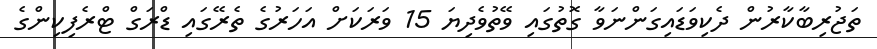
ތަޖުރިބާކާރުން ދެކިވަޑައިގަންނަވާ ގޮތުގައި ވޭތުވެދިޔަ 15 ވަރަކަށް އަހަރުގެ ތެރޭގައި ޑްރަގް ޓްރެފިކިންގެ